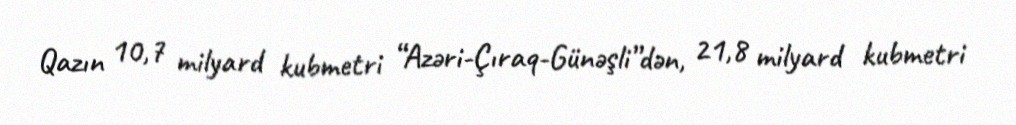
Qazın 10,7 milyard kubmetri “Azəri-Çıraq-Günəşli”dən, 21,8 milyard kubmetri